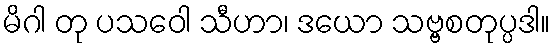
မိဂါ တု ပသဝေါ သီဟာ၊ ဒယော သဗ္ဗစတုပ္ပဒါ။